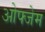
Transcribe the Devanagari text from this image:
ओफ्जेम